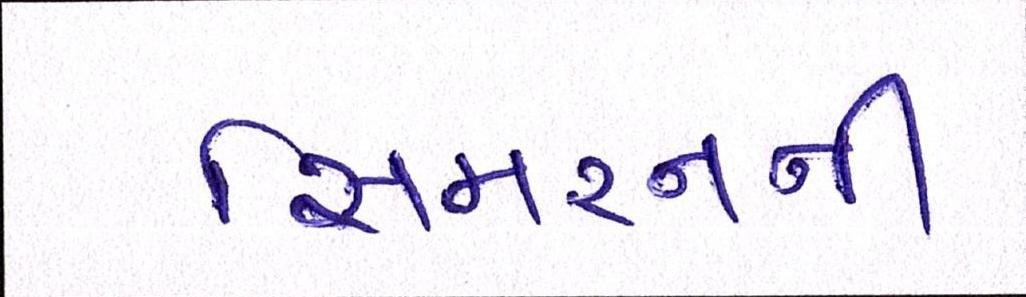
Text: સિમરનની